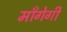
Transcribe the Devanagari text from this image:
माँगेगी